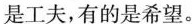
是工夫,有的是希望。